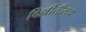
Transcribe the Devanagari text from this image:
दिल्लीतीलच